Elephants and their diseases
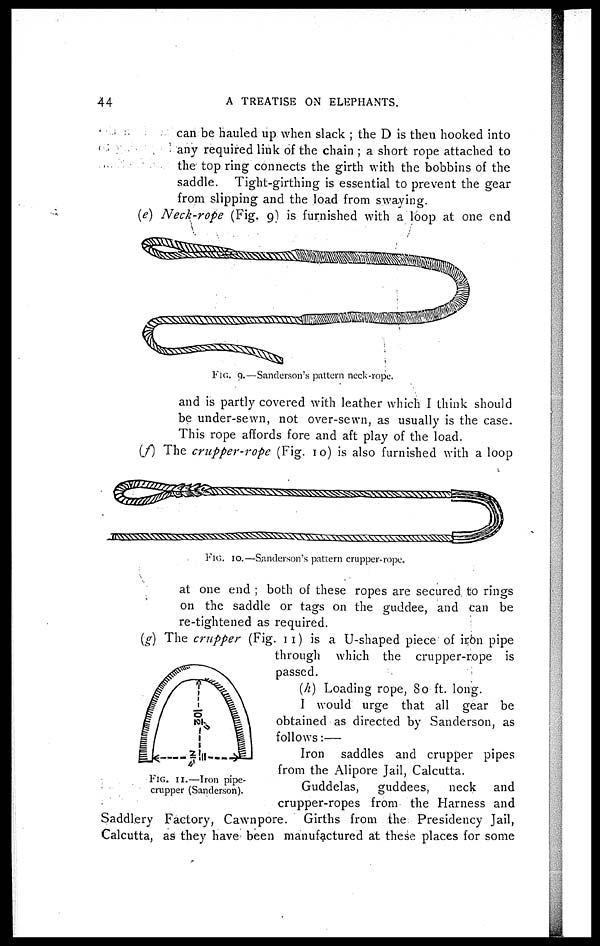
44
A TREATISE ON ELEPHANTS.
can be hauled up when slack ; the D is then hooked into
any required link of the chain ; a short rope attached to
the top ring connects the girth with the bobbins of the
saddle. Tight-girthing is essential to prevent the gear
from slipping and the load from swaying.
(e) Neck-rope (Fig. 9) is furnished with a loop at one end
and is partly covered with leather which I think should
be under-sewn, not over-sewn, as usually is the case.
This rope affords fore and aft play of the load.
(f) The crupper-rope (Fig. 10) is also furnished with a loop
at one end ; both of these ropes are secured to rings
on the saddle or tags on the guddee, and can be
re-tightened as required.
(g) The crupper (Fig. 11) is a U-shaped piece of iron pipe
through which the crupper-rope is
passed.
(h) Loading rope, 80 ft. long.
I would urge that all gear be
obtained as directed by Sanderson, as
follows:—
Iron saddles and crupper pipes
from the Alipore Jail, Calcutta.
Guddelas, guddees,
neck and
crupper-ropes from the Harness and
Saddlery Factory, Cawnpore. Girths from the Presidency Jail,
Calcutta, as they have been manufactured at these places for some
FIG. 9.—Sanderson's pattern neck-rope.
FIG. 10.—Sanderson's pattern crupper-rope.
FIG. 11.—Iron pipe-
crupper (Sanderson).